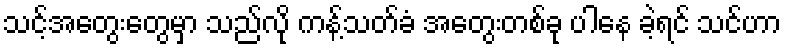
သင့်အတွေးတွေမှာ သည်လို ကန့်သတ်ခံ အတွေးတစ်ခု ပါနေ ခဲ့ရင် သင်ဟာ